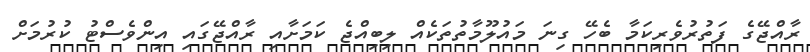
ރާއްޖޭގެ ފަތުރުވެރިކަމާ ބެހޭ ގިނަ މައުލޫމާތުތަކެއް ލިބިއްޖެ ކަމަށާއި ރާއްޖޭގައި އިންވެސްޓު ކުރުމަށް